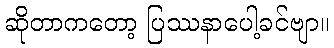
ဆိုတာကတော့ ပြဿနာပေါ့ခင်ဗျာ။